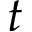
t